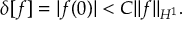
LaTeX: \delta [ f ] = | f ( 0 ) | < C \| f \| _ { H ^ { 1 } } .